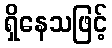
ရှိနေသဖြင့်